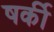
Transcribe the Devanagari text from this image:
षर्की